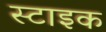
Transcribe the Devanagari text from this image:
स्टाइक